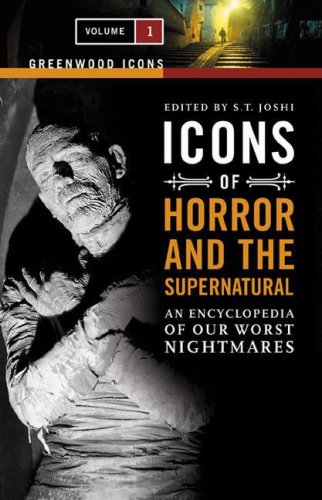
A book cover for Icons of Horror and the Supernatural [2 volumes]: An Encyclopedia of Our Worst Nightmares (Greenwood Icons); S. T. Joshi; Humor & Entertainment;